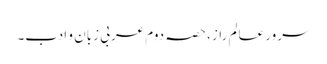
سرور عالم راز، حصہ دوم	عربی زبان و ادب۔